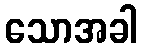
သောအခါ